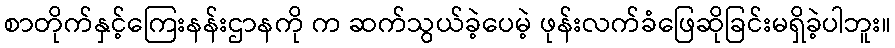
စာတိုက်နှင့်ကြေးနန်းဌာနကို က ဆက်သွယ်ခဲ့ပေမဲ့ ဖုန်းလက်ခံဖြေဆိုခြင်းမရှိခဲ့ပါဘူး။